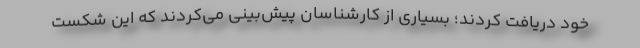
خود دریافت کردند؛ بسیاری از کارشناسان پیش‌بینی می‌کردند که این شکست